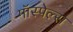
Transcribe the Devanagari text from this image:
गॉस्पेल्स